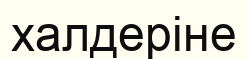
халдеріне